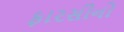
ફારસીનો